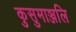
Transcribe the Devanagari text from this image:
कुसुमाञ्जलि